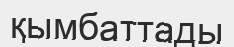
қымбаттады